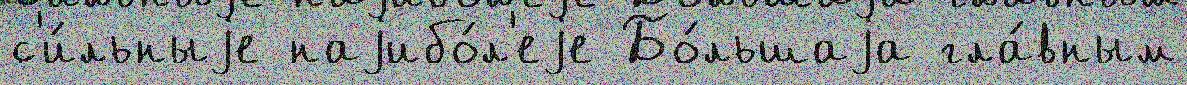
с'и́льныjе наjибо́л'еjе Бо́льшаjа гла́вным